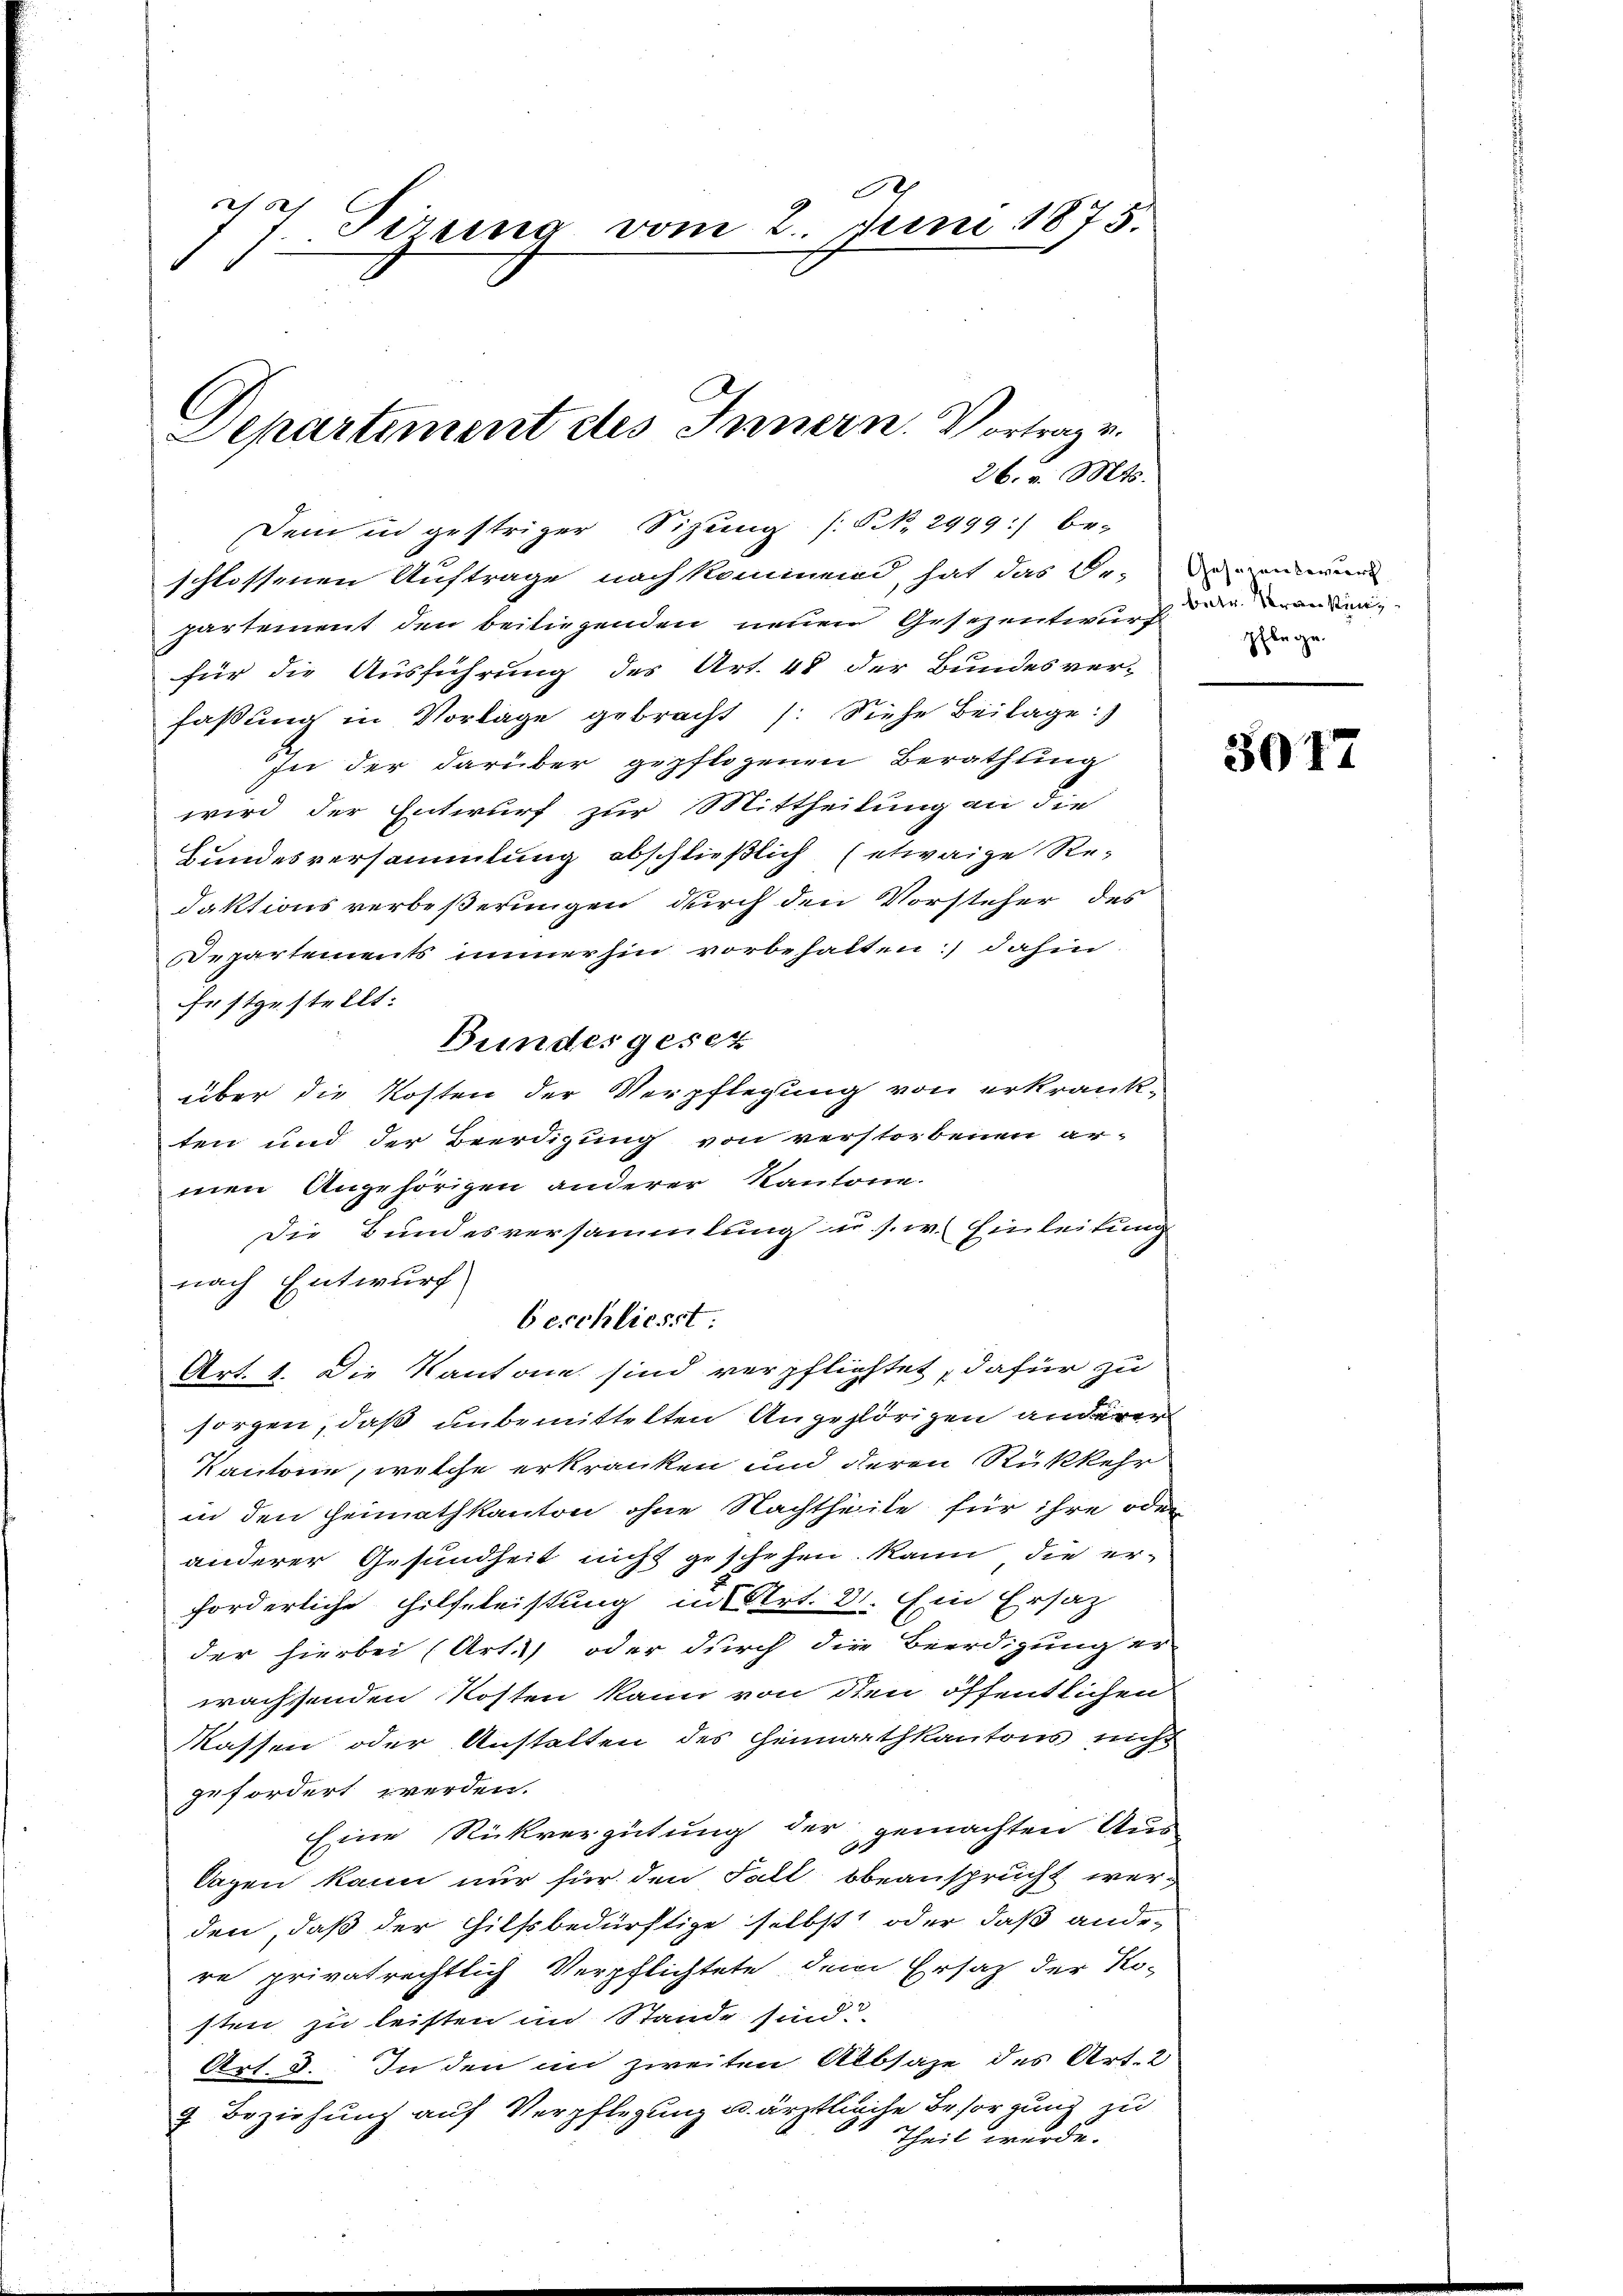
)
Tirung vom 2. Juni 1875.

Departiment des Innern. Vortrag v.

Dem in gestriger Sitzung (§ No. 2999:) be-
schlossenen Auftrage nach kommend hat das Be-
partement den beiliegenden neuen Gesezentwurf der an der
für die Ausführung des Art. 48 der Bundesver-
faßung in Vorlage gebracht /: Siehe Beilage:
In der darüber gepflogenen Berathung
wird der Entwurf zur Mittheilung an die
Hundesversammlung abschließlich (etwaige Redaktions verbeßerungen durch den Vorsteher des
Departements immerhin vorbehalten) dahin
festgestellt:
über die Kosten der Verpflegung von erkrankten und der Beerdigung von verstorbenen ar-
men Angehörigen anderer Kantone.
Die Bundesversammlung u. s. w. Einleitung
nach Entwurf
beschliesst.
Art. 1. Die Kantone sind verpflichtet, dafür zu
sorgen, daß unbemittelten Angehörigen anderer
Kantone, welche erkranken und deren Rükkehr
in den Heimathkanton ohne Nachtheile für ihre oder
anderer Gesundheit nicht geschehen kann, die er-
forderliche Hilfeleistung ins Art. 31. Ein Ersatz
der hierbei (Art. 1) oder durch die Beerdigung er-
wachsenden Kosten kann von den öffentlichen
Massen oder Anstalten des Heimathkantons nicht
gefordert werden.
Eine Rückvergütung der gemachten Aus-
Sagen kann nur für den Fall bbeansprucht werden, daß der Hilfsbedürftige selbst oder daß ande-
re privatrechtlich Verpflichtete dem Ersatz der Ko-
sten zu leisten im Stande sind.
Art. 8. In den in zweiten Albsage des Art. 2
9 Beziehung auf Verpflegung u. ärztlicite Besorgung zu
4
Theil werde.

Bundesgesez

26. v. Mts.

Geschenswert
pfleg

3077